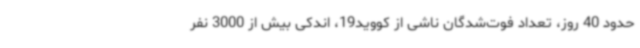
حدود 40 روز، تعداد فوت‌شدگان ناشی از کووید19، اندکی بیش از 3000 نفر